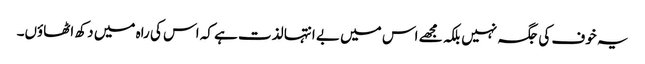
یہ خوف کی جگہ نہیں بلکہ مجھے اس میں بے انتہا لذت ہے کہ اس کی راہ میں دکھ اٹھاؤں۔